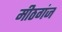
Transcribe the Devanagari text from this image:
मीठगंज